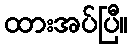
ထားအပ်ပြီ။